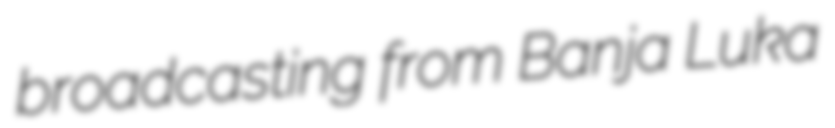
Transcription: broadcasting from Banja Luka